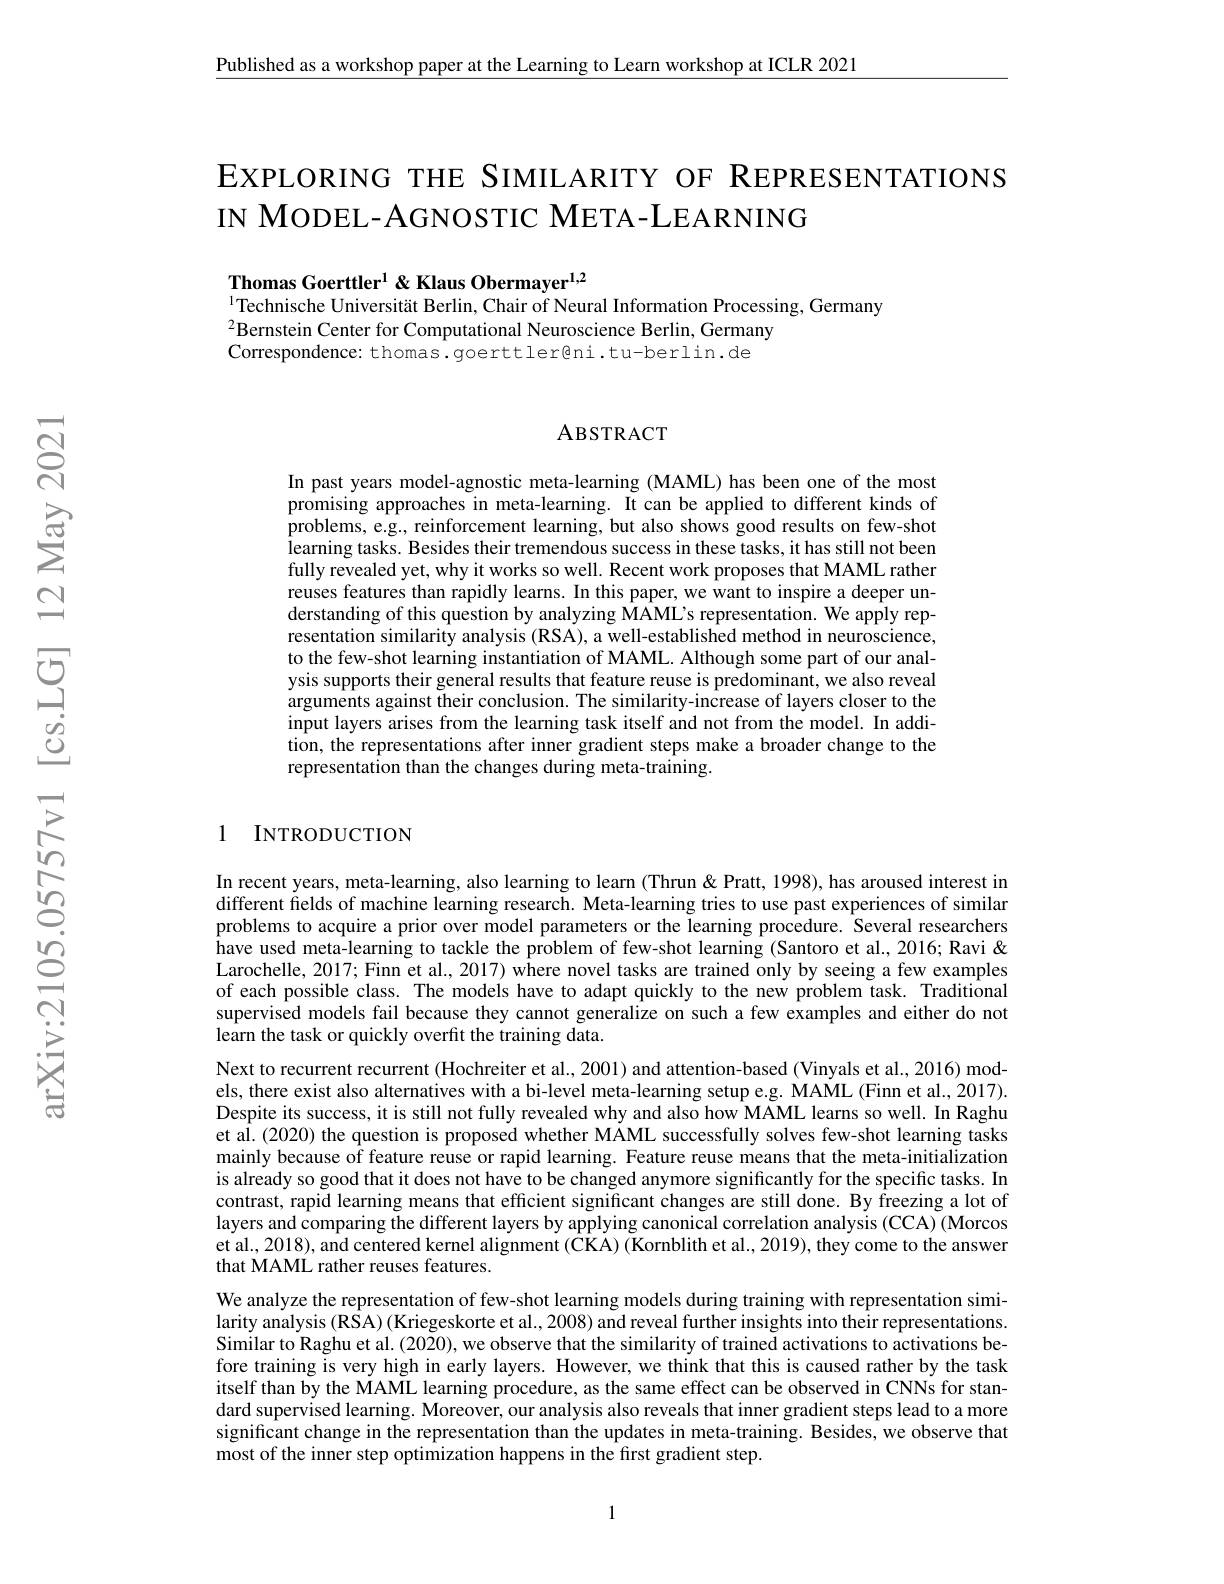
$\underline{\text{Published as a workshop paper at the Learning to Learn workshop at ICLR 2021}}$

# EXPLORING THE SIMILARITY OF REPRESENTATIONS IN MODEL-AGNOSTIC META-LEARNING

Thomas Goerttler$^1$ &Klaus Obermayer$^1,2$
$^{1}$Technische Universität Berlin, Chair of Neural Information Processing, Germany

$^2$Bernstein Center for Computational Neuroscience Berlin, Germany
Correspondence: thomas.goerttler@ni.tu-berlin.de

## ABSTRACT

In past years model-agnostic meta-learning (MAML) has been one of the most promising approaches in meta-learning. It can be applied to different kinds of problems, e.g., reinforcement learning, but also shows good results on few-shot learning tasks. Besides their tremendous success in these tasks, it has still not been fully revealed yet, why it works so well. Recent work proposes that MAML rather reuses features than rapidly learns. In this paper, we want to inspire a deeper understanding of this question by analyzing MAML's representation. We apply representation similarity analysis (RSA), a well-established method in neuroscience, to the few-shot learning instantiation of MAML. Although some part of our analysis supports their general results that feature reuse is predominant, we also reveal arguments against their conclusion. The similarity-increase of layers closer to the input layers arises from the learning task itself and not from the model. In addition, the representations after inner gradient steps make a broader change to the representation than the changes during meta-training.

## 1 INTRODUCTION

In recent years, meta-learning, also learning to learn(Thrun & Pratt, 1998), has aroused interest in different fields of machine learning research. Meta-learning tries to use past experiences of similar problems to acquire a prior over model parameters or the learning procedure. Several researchers have used meta-learning to tackle the problem of few-shot learning (Santoro et al., 2016; Ravi & Larochelle, 2017; Finn et al., 2017) where novel tasks are trained only by seeing a few examples of each possible class. The models have to adapt quickly to the new problem task. Traditional supervised models fail because they cannot generalize on such a few examples and either do not learn the task or quickly overfit the training data.
Next to recurrent recurrent (Hochreiter et al., 2001) and attention-based (Vinyals et al., 2016) models, there exist also alternatives with a bi-level meta-learning setup e.g. MAML (Finn et al., 2017). Despite its success, it is still not fully revealed why and also how MAML learns so well. In Raghu et al. (2020) the question is proposed whether MAML successfully solves few-shot learning tasks mainly because of feature reuse or rapid learning. Feature reuse means that the meta-initialization is already so good that it does not have to be changed anymore significantly for the specific tasks. In contrast, rapid learning means that efficient significant changes are still done. By freezing a lot of layers and comparing the different layers by applying canonical correlation analysis (CCA) (Morcos et al., 2018), and centered kernel alignment (CKA) (Kornblith et al., 2019), they come to the answer that MAML rather reuses features.
We analyze the representation of few-shot learning models during training with representation similarity analysis (RSA) (Kriegeskorte et al., 2008) and reveal further insights into their representations. Similar to Raghu et al. (2020), we observe that the similarity of trained activations to activations before training is very high in early layers. However, we think that this is caused rather by the task itself than by the MAML learning procedure, as the same effect can be observed in CNNs for standard supervised learning. Moreover, our analysis also reveals that inner gradient steps lead to a more significant change in the representation than the updates in meta-training. Besides, we observe that most of the inner step optimization happens in the first gradient step.

1